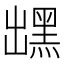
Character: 𪐽